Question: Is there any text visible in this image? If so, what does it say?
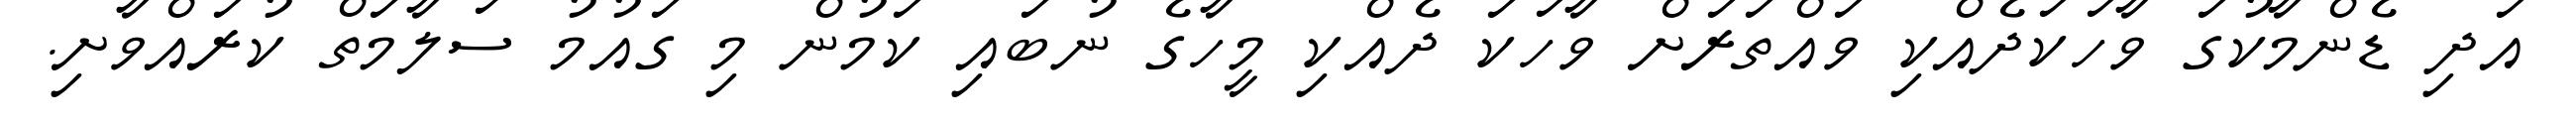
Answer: އަދި ޑެންމާކުގަ ވާހަކަދެއްކި ވައްތަރަށް ވާހަކަ ދެއްކި މީހާގެ ނުބައި ކަމުން މި ގައުމު ސަލާމަތް ކުރައްވާށި.